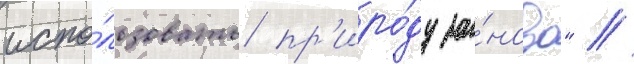
испо́льзовать пр'иро́ду за́ново" //